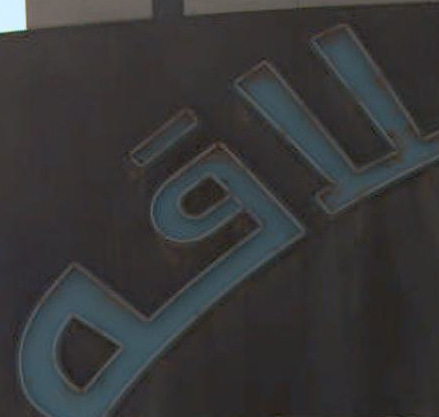
لاقم